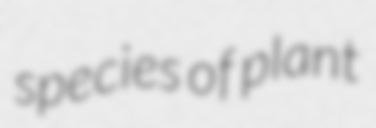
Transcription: species of plant